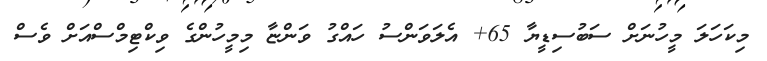
މިކަހަލަ މީހުނަށް ސަބުސިޑީޔާ 65+ އެލަވަންސު ހައްގު ވަންޏާ މިމީހުންގެ ވިކްޓިމްސްއަށް ވެސް